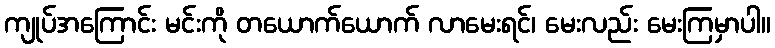
ကျုပ်အကြောင်း မင်းကို တယောက်ယောက် လာမေးရင်၊ မေးလည်း မေးကြမှာပါ။